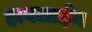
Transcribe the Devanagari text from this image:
हाबलाईन